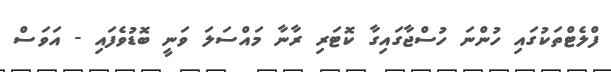
ފްލެޓްތަކުގައި ހުންނަ ހުސްޖާގައިގާ ކޮޓަރި ރާނާ މައްސަލަ ވަނީ ބޮޑުވެފައި - އަވަސް